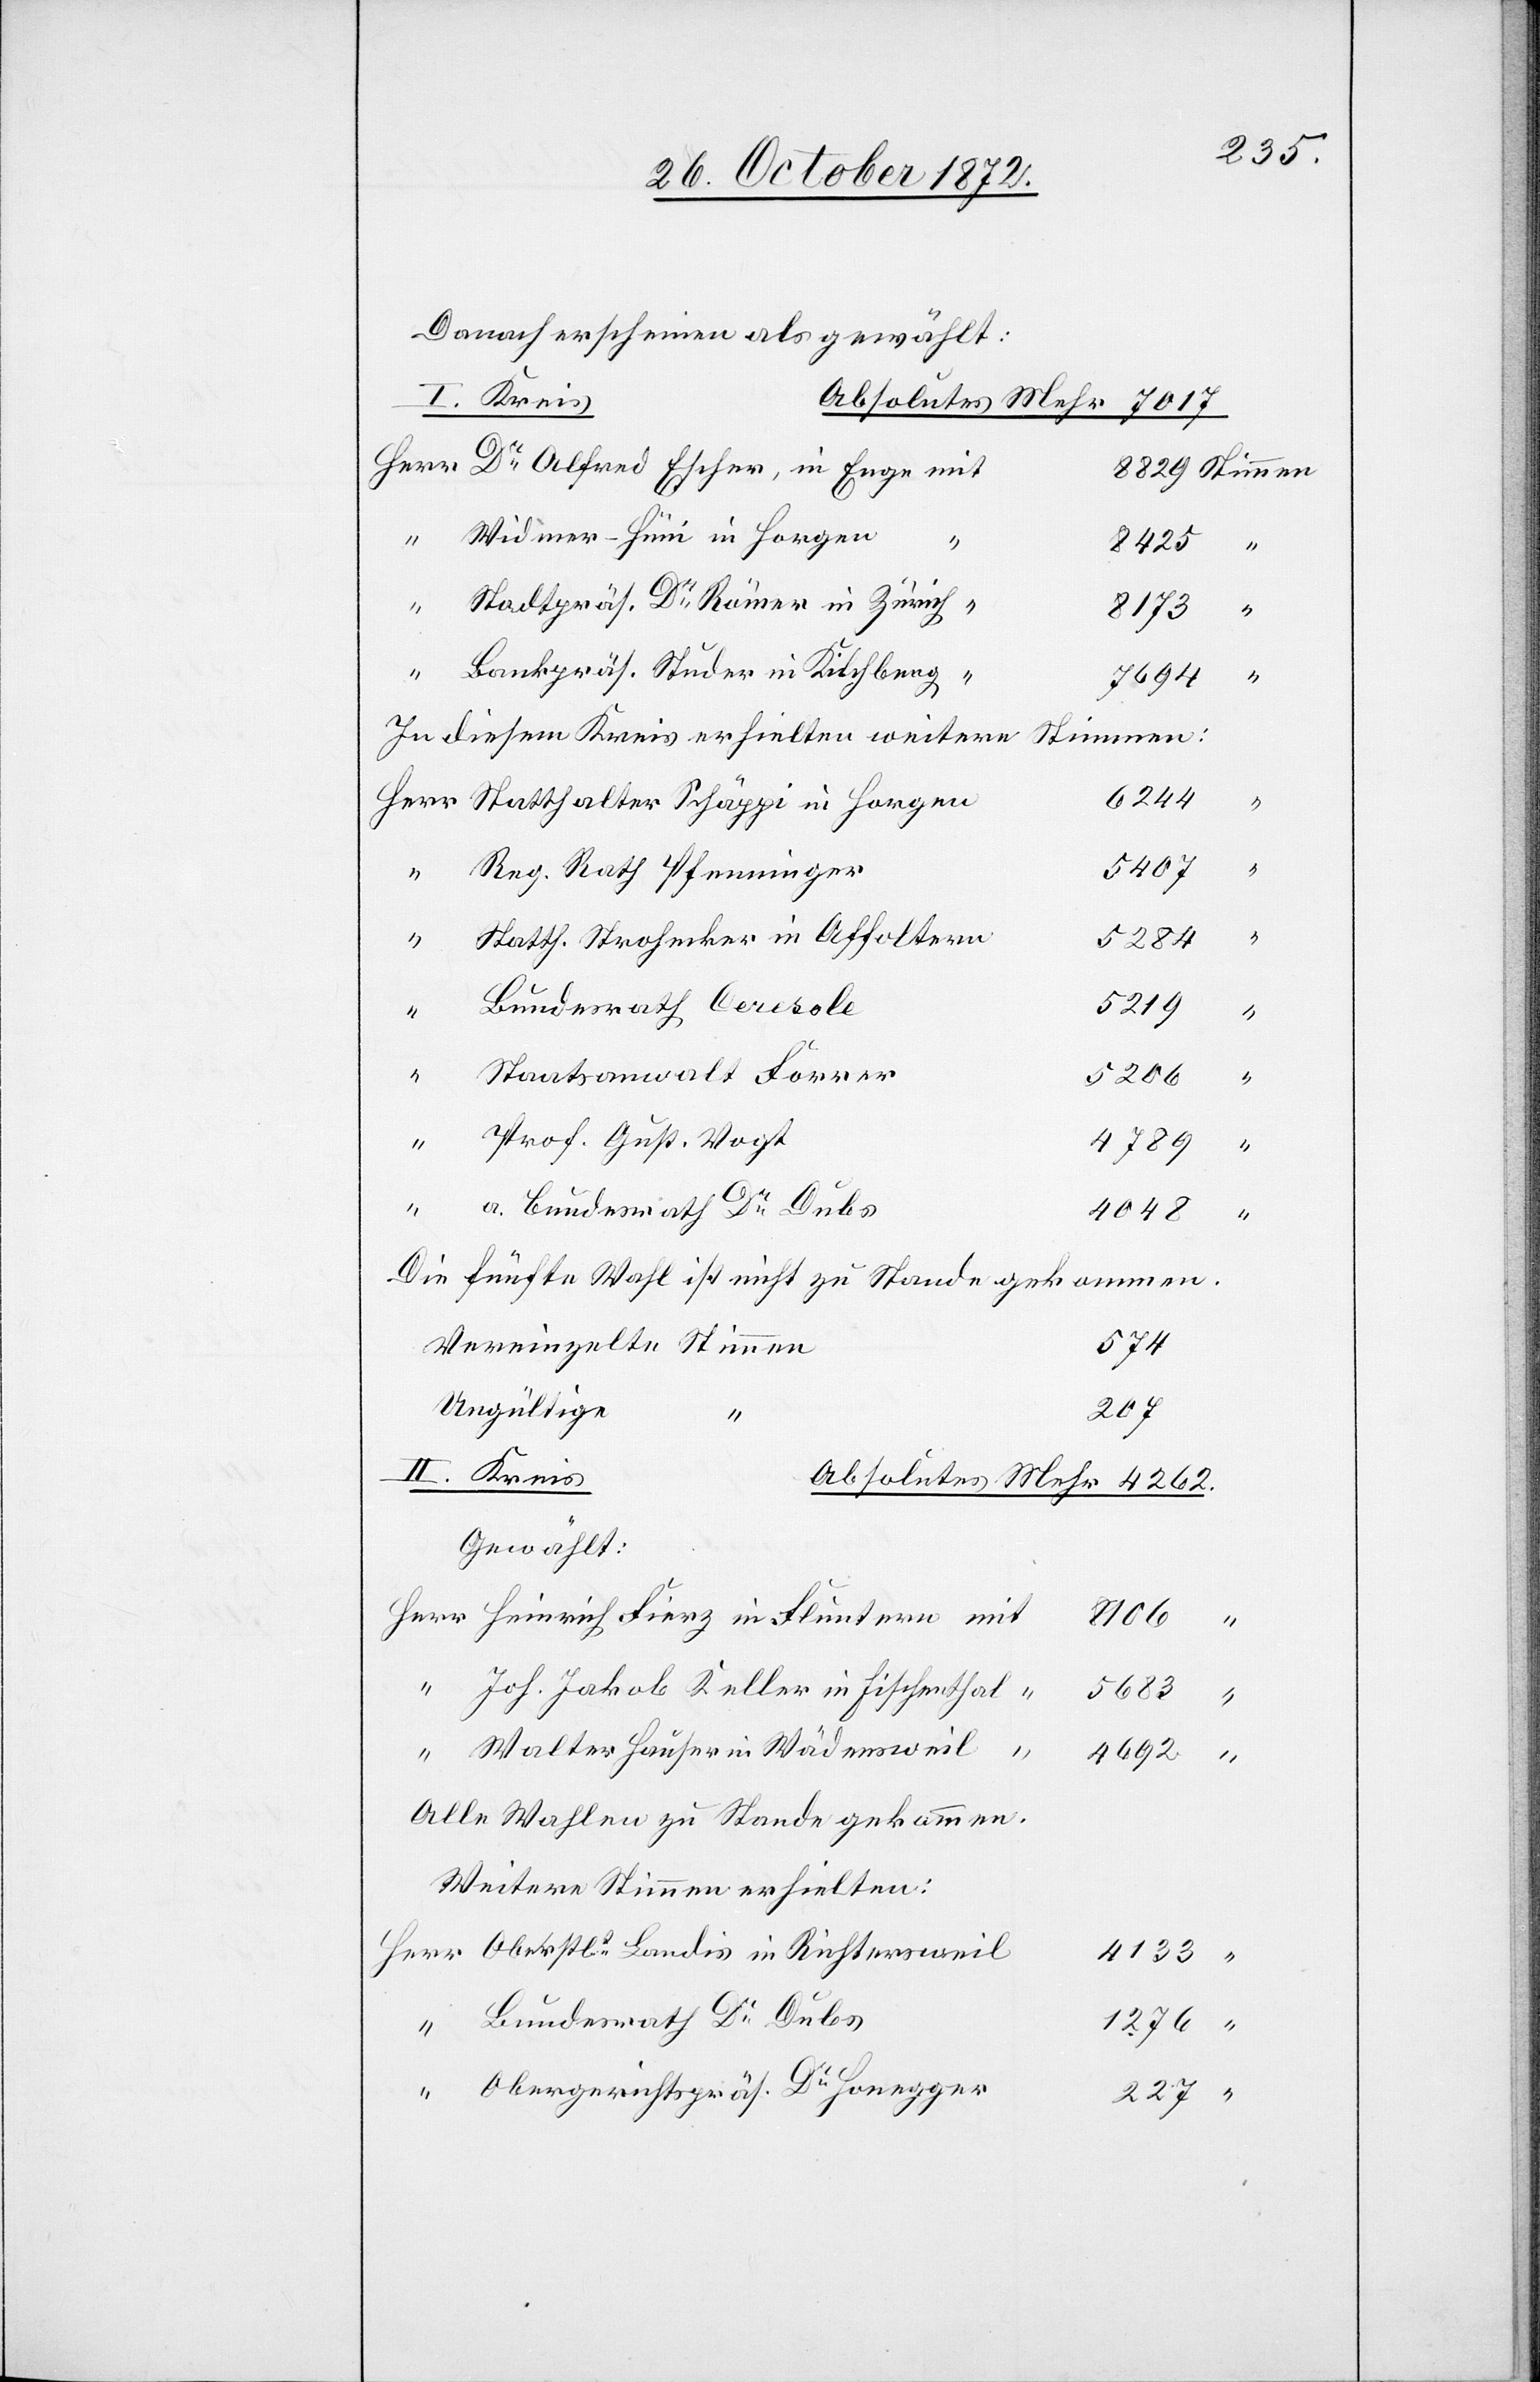
Danach erscheinen als gewählt:
I. Kreis
Dr Alfred Escher, in Enge mit
Widmer-Hüni in Horgen
“
8425
Stadtpräs. Dr Römer in Zürich “
8173
“
Bankpräs. Studer in Kilchberg
“
4262.
In diesem Kreis erhielten weitere Stimmen:
6244
mit
5407
Reg. Rath Pfenninger
“
Statth. Strohecker in Affoltern
5284
5219
Bundesrath Ceresole
Staatsanwalt Forrer
5206
“
Prof. Gust. Vogt
a. Bundesrath Dr Dubs
4048
Die fünfte Wahl ist nicht zu Stande gekommen.
Vereinzelte Stimmen
574
Ungültige
227
II. Kreis
8106
Joh. Jakob Keller in Fischenthal
5683
“
Walter Hauser in Wädensweil
4692
Alle Wahlen zu Stande gekommen.
Weitere Stimmen erhielten:
Oberstlt Landis in Richtersweil
4133
Bundesrath Dr Dubs
1276
Obergerichtspräs. Dr Honegger